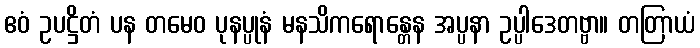
ဧဝံ ဥပဋ္ဌိတံ ပန တမေဝ ပုနပ္ပုနံ မနသိကရောန္တေန အပ္ပနာ ဥပ္ပါဒေတဗ္ဗာ။ တတြာယံ